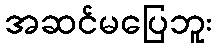
အဆင်မပြေဘူး